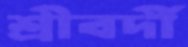
শ্রীবর্দী